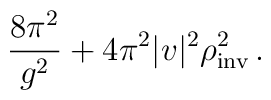
\frac{8\pi^2}{g^2} + 4\pi^2|v|^2\rho^2_{\rm inv}\,  .